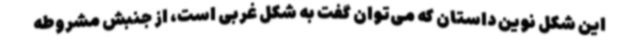
این شکل نوین داستان که می‌توان گفت به شکل غربی است، از جنبش مشروطه